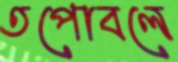
তপোবলে